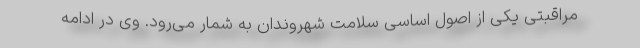
مراقبتی یکی از اصول اساسی سلامت شهروندان به شمار می‌رود. وی در ادامه